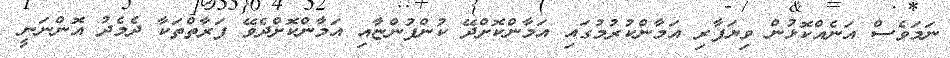
ނަމަވެސް އަނެއްކޮޅުން ވިޔަފާރި އަމާންކުރުމުގައި އަމާންކޮށްދޭ ކުންފުންޏާއި އަމާންކޮށްދެވޭ ފަރާތްތަކާ ދެމެދު އޮންނަނީ